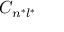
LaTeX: C _ { n ^ { * } l ^ { * } }